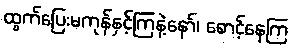
ထွက်ပြေးမကုန်နှင့်ကြနဲ့နော်၊ စောင့်နေကြ